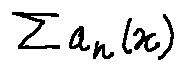
\sum a _ { n } ( x )